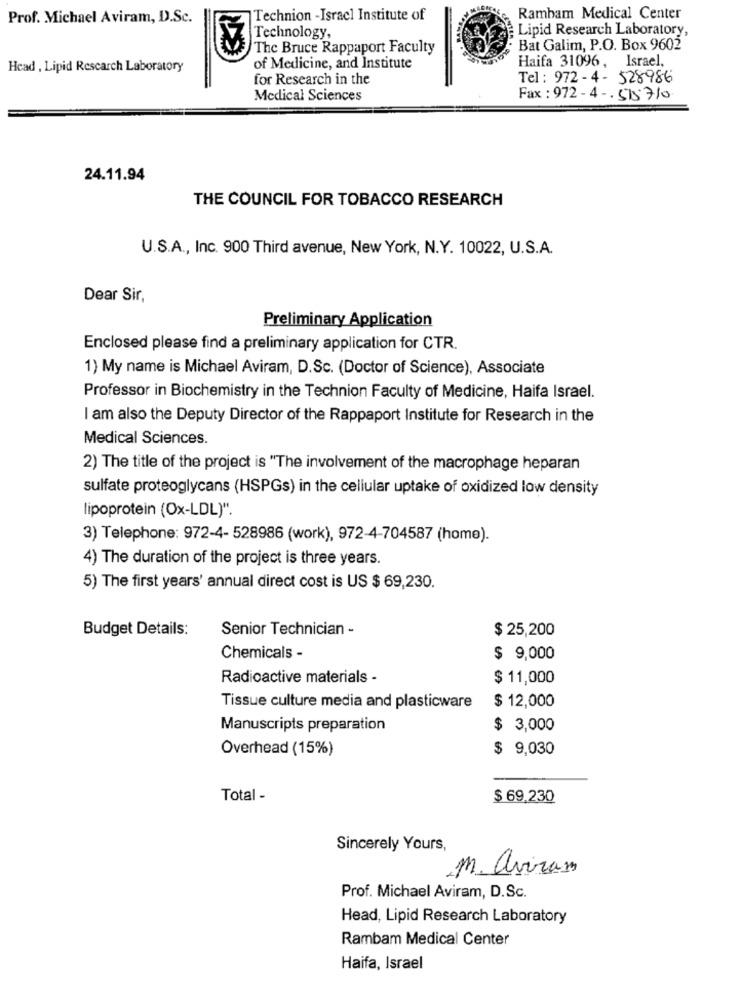
Prof. Michael Aviram, D.Sc.
Technion -Israel Institute of
Rambam Medical Center
Lipid Research Laboratory,
Technology,
The Bruce Rappaport Faculty
Bat Galim, P.O. Box 9602
Haifa 31096, Israel,
Head , Lipid Research Laboratory
of Medicine, and Institute
for Research in the
Tel: 972-4- 528986
Medical Sciences
Fax: 972-4 -. 515710
24.11.94
THE COUNCIL FOR TOBACCO RESEARCH
U.S.A ., Inc. 900 Third avenue, New York, N.Y. 10022, U.S.A.
Dear Sir,
Preliminary Application
Enclosed please find a preliminary application for CTR.
1) My name is Michael Aviram, D.Sc. (Doctor of Science), Associate
Professor in Biochemistry in the Technion Faculty of Medicine, Haifa Israel.
I am also the Deputy Director of the Rappaport Institute for Research in the
Medical Sciences.
2) The title of the project is "The involvement of the macrophage heparan
sulfate proteoglycans (HSPGs) in the cellular uptake of oxidized low density
lipoprotein (Ox-LDL)".
3) Telephone: 972-4- 528986 (work), 972-4-704587 (home).
4) The duration of the project is three years.
5) The first years' annual direct cost is US $ 69,230.
Budget Details:
Senior Technician -
$ 25,200
Chemicals -
$ 9,000
Radioactive materials -
$ 11,000
Tissue culture media and plasticware
$ 12,000
Manuscripts preparation
$ 3,000
Overhead (15%)
$ 9,030
Total -
$ 69,230
Sincerely Yours,
M. aviran
Prof. Michael Aviram, D.Sc.
Head, Lipid Research Laboratory
Rambam Medical Center
Haifa, Israel